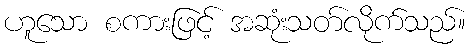
ဟူသော စကားဖြင့် အဆုံးသတ်လိုက်သည်။